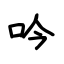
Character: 吟